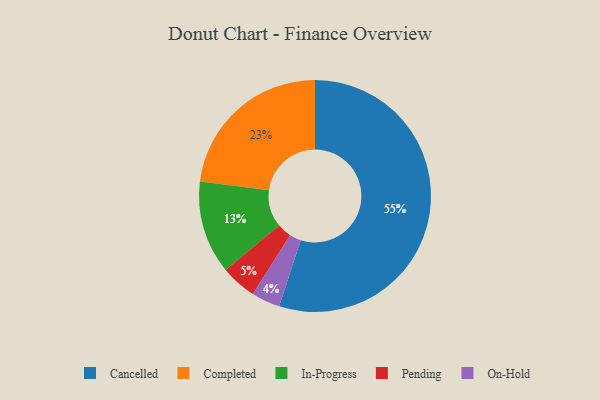
{"axis": {"x": "Category", "y": "Percentage"}, "legend": ["Cancelled", "Completed", "In-Progress", "On-Hold", "Pending"], "data": [{"x": "Cancelled", "y": 55, "type": "Cancelled"}, {"x": "On-Hold", "y": 4, "type": "On-Hold"}, {"x": "Pending", "y": 5, "type": "Pending"}, {"x": "Completed", "y": 23, "type": "Completed"}, {"x": "In-Progress", "y": 13, "type": "In-Progress"}]}